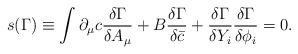
LaTeX: \begin{align*}s(\Gamma)\equiv \int\partial_{\mu}c \frac{\delta\Gamma}{\delta A_{\mu}}+B\frac{\delta\Gamma}{\delta\bar{c}}+\frac{\delta\Gamma}{\delta Y_{i}}\frac{\delta\Gamma}{\delta\phi_{i}}=0.\end{align*}